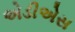
એડીએસ